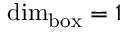
\dim _ { \operatorname { b o x } } = 1